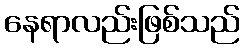
နေရာလည်းဖြစ်သည်